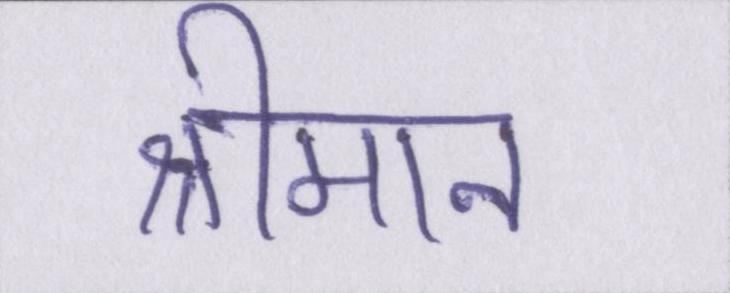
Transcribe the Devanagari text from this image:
श्रीमान